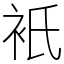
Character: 衹